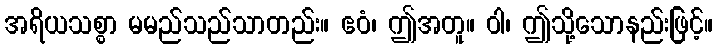
အရိယသစ္စာ မမည်သည်သာတည်း။ ဧဝံ၊ ဤအတူ။ ဝါ၊ ဤသို့သောနည်းဖြင့်။